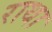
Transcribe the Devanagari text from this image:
राथा